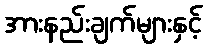
အားနည်းချက်များနှင့်